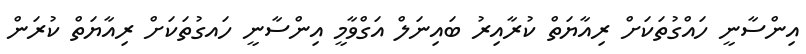
އިންސާނީ ހައްގުތަކަށް ރިއާޔަތް ކުރާއިރު ބައިނަލް އަގްވާމީ އިންސާނީ ހައގުތަކަށް ރިއާޔަތް ކުރަން